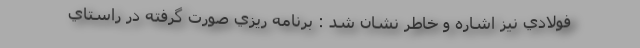
فولادي نيز اشاره و خاطر نشان شد : برنامه ريزي صورت گرفته در راستاي